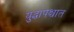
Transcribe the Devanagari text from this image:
युद्धापश्चात